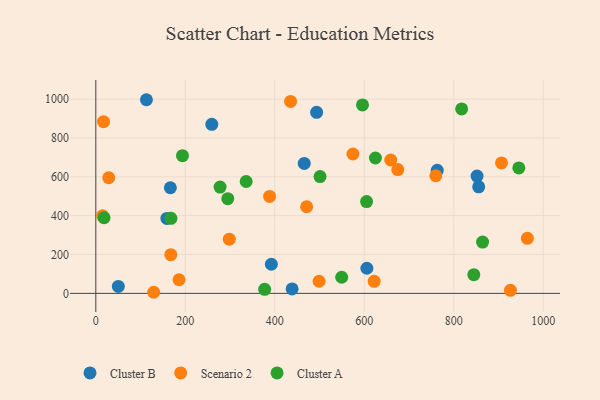
{"axis": {"x": "Investment", "y": "Fuel Efficiency"}, "legend": ["Cluster A", "Cluster B", "Scenario 2"], "data": [{"x": "113.1", "y": 996.9, "type": "Cluster B"}, {"x": "465.8", "y": 668.7, "type": "Cluster B"}, {"x": "50.3", "y": 35.8, "type": "Cluster B"}, {"x": "855.7", "y": 548.5, "type": "Cluster B"}, {"x": "605.8", "y": 129.3, "type": "Cluster B"}, {"x": "392.3", "y": 149.9, "type": "Cluster B"}, {"x": "259.2", "y": 870.0, "type": "Cluster B"}, {"x": "158.8", "y": 385.9, "type": "Cluster B"}, {"x": "852.0", "y": 603.9, "type": "Cluster B"}, {"x": "166.6", "y": 543.6, "type": "Cluster B"}, {"x": "763.1", "y": 633.2, "type": "Cluster B"}, {"x": "438.7", "y": 23.0, "type": "Cluster B"}, {"x": "493.5", "y": 932.0, "type": "Cluster B"}, {"x": "906.7", "y": 671.4, "type": "Scenario 2"}, {"x": "167.6", "y": 199.1, "type": "Scenario 2"}, {"x": "574.7", "y": 717.6, "type": "Scenario 2"}, {"x": "17.3", "y": 884.0, "type": "Scenario 2"}, {"x": "298.3", "y": 278.8, "type": "Scenario 2"}, {"x": "759.9", "y": 605.5, "type": "Scenario 2"}, {"x": "964.5", "y": 283.4, "type": "Scenario 2"}, {"x": "674.9", "y": 637.5, "type": "Scenario 2"}, {"x": "659.2", "y": 686.5, "type": "Scenario 2"}, {"x": "186.0", "y": 70.1, "type": "Scenario 2"}, {"x": "28.9", "y": 595.3, "type": "Scenario 2"}, {"x": "129.3", "y": 5.6, "type": "Scenario 2"}, {"x": "622.1", "y": 61.8, "type": "Scenario 2"}, {"x": "926.6", "y": 15.4, "type": "Scenario 2"}, {"x": "388.4", "y": 499.3, "type": "Scenario 2"}, {"x": "471.2", "y": 445.9, "type": "Scenario 2"}, {"x": "499.0", "y": 62.3, "type": "Scenario 2"}, {"x": "435.3", "y": 987.9, "type": "Scenario 2"}, {"x": "15.2", "y": 399.1, "type": "Scenario 2"}, {"x": "624.9", "y": 696.9, "type": "Cluster A"}, {"x": "501.1", "y": 601.2, "type": "Cluster A"}, {"x": "18.4", "y": 389.3, "type": "Cluster A"}, {"x": "864.4", "y": 263.8, "type": "Cluster A"}, {"x": "817.6", "y": 949.5, "type": "Cluster A"}, {"x": "605.1", "y": 472.7, "type": "Cluster A"}, {"x": "193.7", "y": 709.0, "type": "Cluster A"}, {"x": "549.5", "y": 83.0, "type": "Cluster A"}, {"x": "277.7", "y": 547.2, "type": "Cluster A"}, {"x": "377.3", "y": 20.7, "type": "Cluster A"}, {"x": "844.8", "y": 96.4, "type": "Cluster A"}, {"x": "336.0", "y": 575.8, "type": "Cluster A"}, {"x": "167.9", "y": 386.2, "type": "Cluster A"}, {"x": "294.9", "y": 487.5, "type": "Cluster A"}, {"x": "945.4", "y": 646.0, "type": "Cluster A"}, {"x": "596.0", "y": 970.2, "type": "Cluster A"}]}